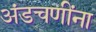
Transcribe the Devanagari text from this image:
अंडचणींना